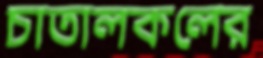
চাতালকলের